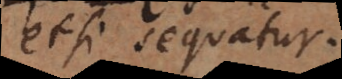
etsi sequatur.